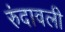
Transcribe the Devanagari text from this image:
रुंदावली